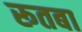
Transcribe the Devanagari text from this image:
रूतबा